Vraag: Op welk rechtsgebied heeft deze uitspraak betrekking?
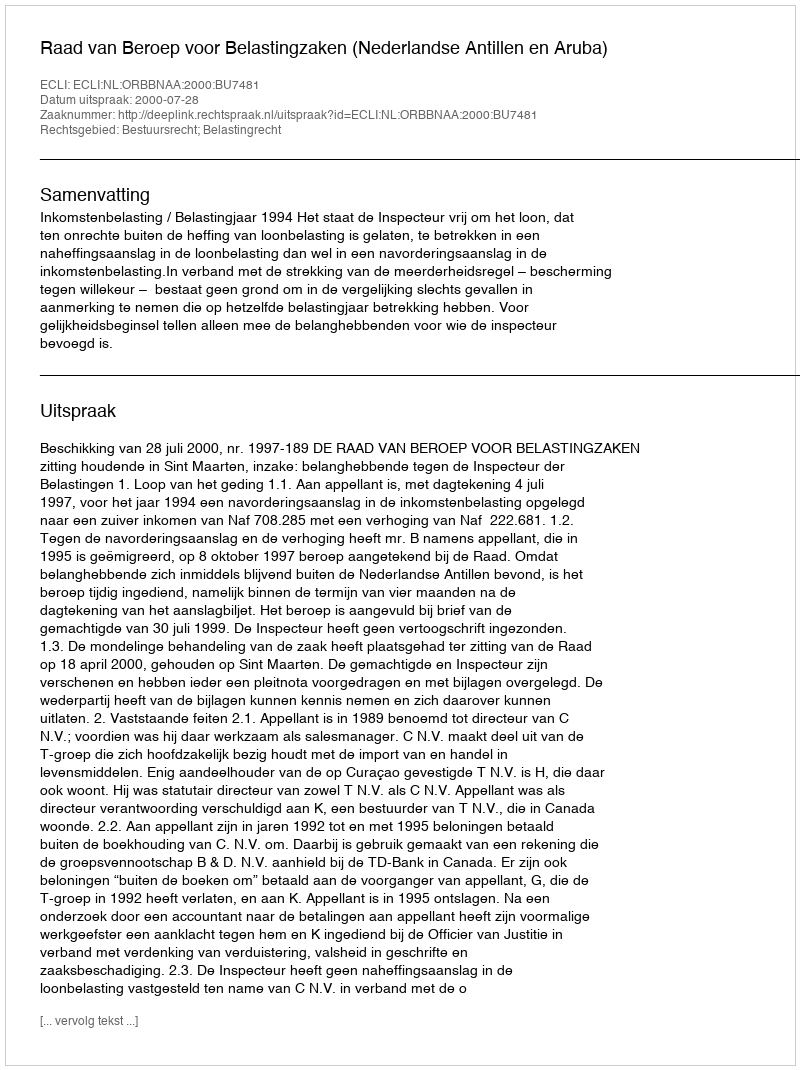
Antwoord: Bestuursrecht; Belastingrecht